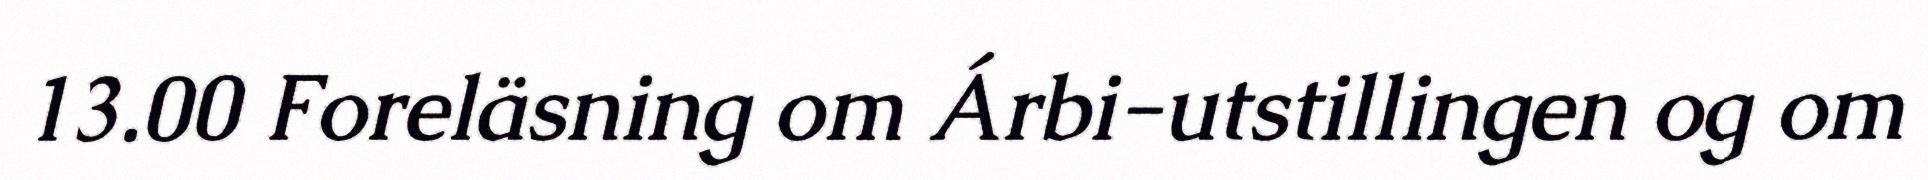
13.00 Foreläsning om Árbi-utstillingen og om